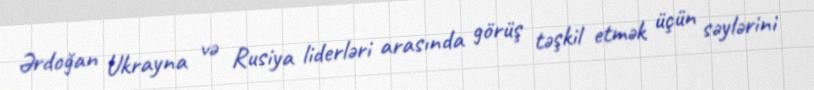
Ərdoğan Ukrayna və Rusiya liderləri arasında görüş təşkil etmək üçün səylərini